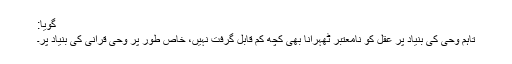
گویا:
تاہم وحی کی بنیاد پر عقل کو نامعتبر ٹھہرانا بھی کچھ کم قابلِ گرفت نہیں، خاص طور پر وحیٔ قرآنی کی بنیاد پر۔